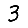
Digit: 3